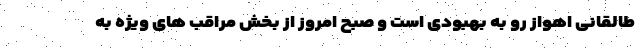
طالقانی اهواز رو به بهبودی است و صبح امروز از بخش مراقب های ویژه به